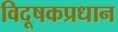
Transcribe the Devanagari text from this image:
विदूषकप्रधान